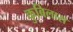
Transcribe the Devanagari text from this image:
कुबिलास